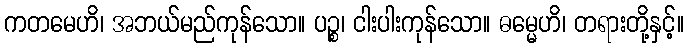
ကတမေဟိ၊ အဘယ်မည်ကုန်သော။ ပဉ္စ၊ ငါးပါးကုန်သော။ ဓမ္မေဟိ၊ တရားတို့နှင့်။